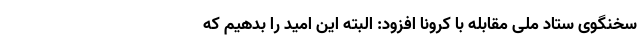
سخنگوی ستاد ملی مقابله با کرونا افزود: البته این امید را بدهیم که